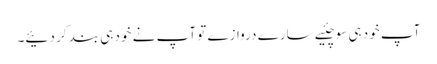
آپ خود ہی سوچئیے سارے دروازے تو آپ نے خود ہی بند کر دئیے۔